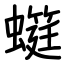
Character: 䗴